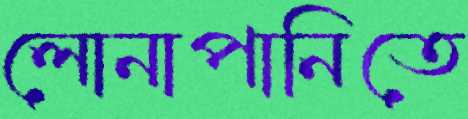
লোনাপানিতে